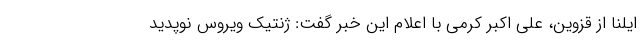
ایلنا از قزوین، علی اکبر کرمی با اعلام این خبر گفت: ژنتیک ویروس نوپدید